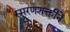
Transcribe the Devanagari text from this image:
स्मरणशक्तीनें